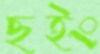
ছইং